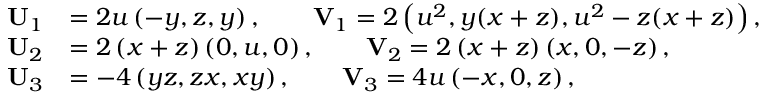
\begin{array} { r l } { \mathbf { U } _ { 1 } } & { = 2 u \left( - y , z , y \right) , \qquad \mathbf { V } _ { 1 } = 2 \left( u ^ { 2 } , y ( x + z ) , u ^ { 2 } - z ( x + z ) \right) , } \\ { \mathbf { U } _ { 2 } } & { = 2 \left( x + z \right) \left( 0 , u , 0 \right) , \qquad \mathbf { V } _ { 2 } = 2 \left( x + z \right) \left( x , 0 , - z \right) , } \\ { \mathbf { U } _ { 3 } } & { = - 4 \left( y z , z x , x y \right) , \qquad \mathbf { V } _ { 3 } = 4 u \left( - x , 0 , z \right) , } \end{array}